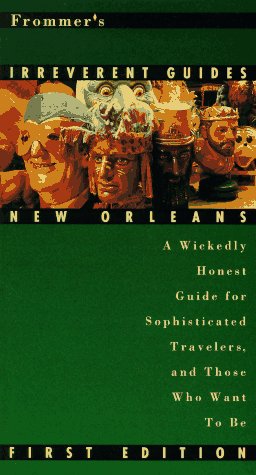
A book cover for Frommer's Irreverent Guide: New Orleans; Guy Leblanc; Travel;